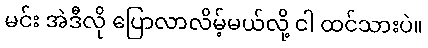
မင်း အဲဒီလို ပြောလာလိမ့်မယ်လို့ ငါ ထင်သားပဲ။